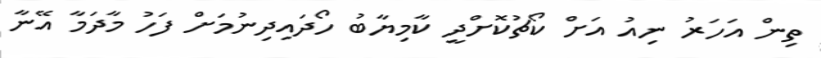
ތިން އަހަރު ނިއު އަށް ކޯޗުކޮށްދީ ކާމިޔާބު ހޯދައިދިނުމަށް ފަހު މާދަމާ އޭނާ